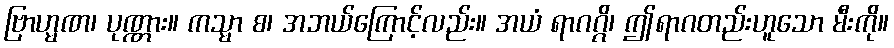
ဗြာဟ္မဏ၊ ပုဏ္ဏား။ ကသ္မာ စ၊ အဘယ်ကြောင့်လည်း။ အယံ ရာဂဂ္ဂိ၊ ဤရာဂတည်းဟူသော မီးကို။